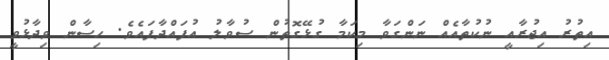
އިތުރު އިޖުރާއީ ނުކުތާއެއް ނަންގަވާ މިކަމާ ގުޅޭގޮތުން ސުވާލު އުފައްދާފައެވެ. ހިސާން ވިދާޅުވީ